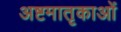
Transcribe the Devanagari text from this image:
अष्टमातृकाओं